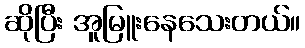
ဆိုပြီး အူမြူးနေသေးတယ်။